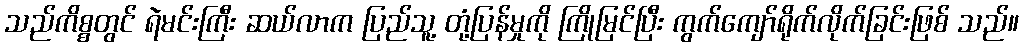
သည်ကိစ္စတွင် ရဲမင်းကြီး ဆယ်လာက ပြည်သူ့ တုံ့ပြန်မှုကို ကြိုမြင်ပြီး ကွက်ကျော်ရိုက်လိုက်ခြင်းဖြစ် သည်။